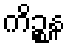
ကိဉ္စန